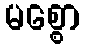
မစ္စော